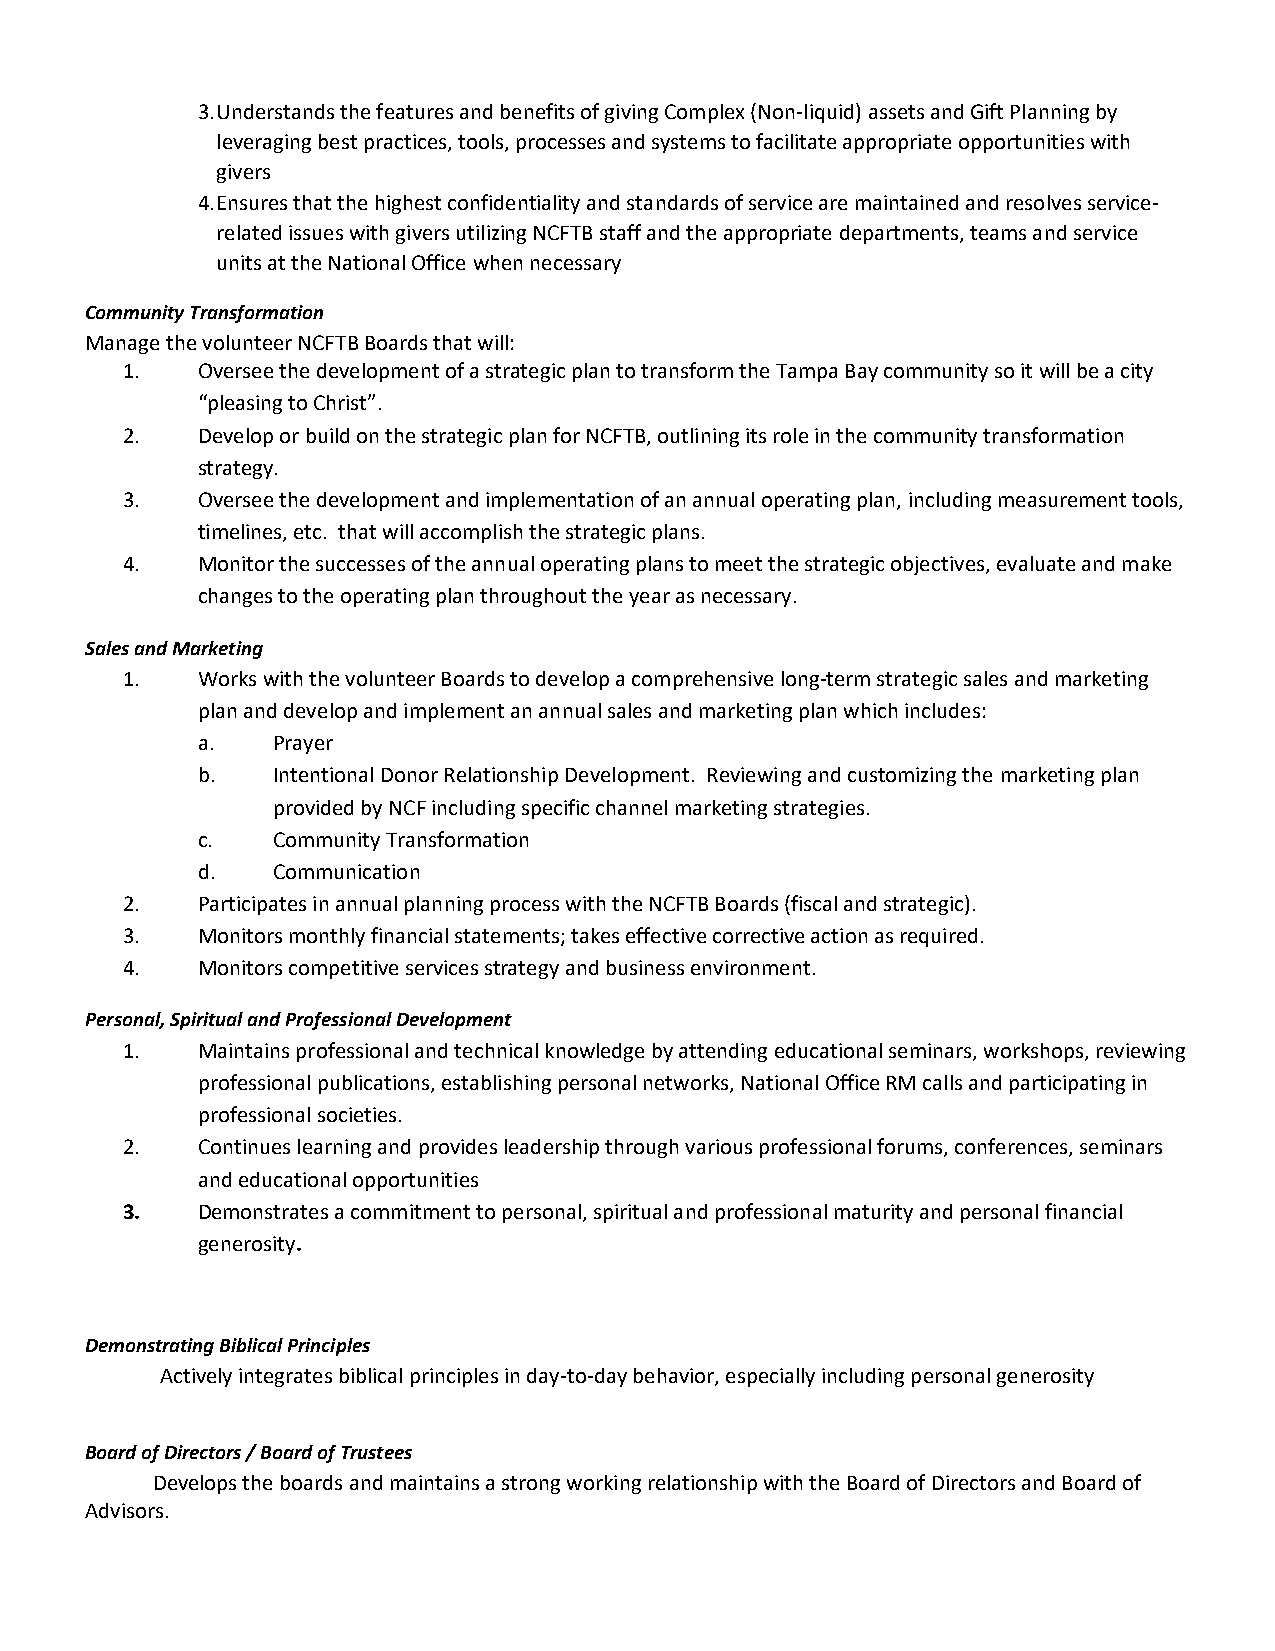
3. Understands the features and benefits of giving Complex (Non‐liquid) assets and Gift Planning by
 leveraging best practices, tools, processes and systems to facilitate appropriate opportunities with
 givers
 4. Ensures that the highest confidentiality and standards of service are maintained and resolves service‐
 related issues with givers utilizing NCFTB staff and the appropriate departments, teams and service
 units at the National Office when necessary
 Community Transformation
 Manage the volunteer NCFTB Boards that will:
 1.   Oversee the development of a strategic plan to transform the Tampa Bay community so it will be a city
 “pleasing to Christ”.
 2.   Develop or build on the strategic plan for NCFTB, outlining its role in the community transformation
 strategy.
 3.   Oversee the development and implementation of an annual operating plan, including measurement tools,
 timelines, etc. that will accomplish the strategic plans.
 4.   Monitor the successes of the annual operating plans to meet the strategic objectives, evaluate and make
 changes to the operating plan throughout the year as necessary.
 Sales and Marketing
 1.   Works with the volunteer Boards to develop a comprehensive long‐term strategic sales and marketing
 plan and develop and implement an annual sales and marketing plan which includes:
 a.   Prayer
 b.   Intentional Donor Relationship Development. Reviewing and customizing the marketing plan
 provided by NCF including specific channel marketing strategies.
 c.   Community Transformation
 d.   Communication
 2.   Participates in annual planning process with the NCFTB Boards (fiscal and strategic).
 3.   Monitors monthly financial statements; takes effective corrective action as required.
 4.   Monitors competitive services strategy and business environment.
 Personal, Spiritual and Professional Development
 1.   Maintains professional and technical knowledge by attending educational seminars, workshops, reviewing
 professional publications, establishing personal networks, National Office RM calls and participating in
 professional societies.
 2.   Continues learning and provides leadership through various professional forums, conferences, seminars
 and educational opportunities
 3.   Demonstrates a commitment to personal, spiritual and professional maturity and personal financial
 generosity.
 Demonstrating Biblical Principles
 Actively integrates biblical principles in day‐to‐day behavior, especially including personal generosity
 Board of Directors / Board of Trustees
 Develops the boards and maintains a strong working relationship with the Board of Directors and Board of
 Advisors.